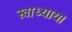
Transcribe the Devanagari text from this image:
स्वाध्याय।